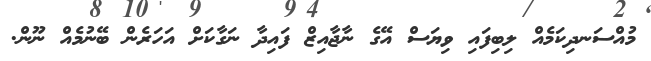
މުއްސަނދިކަމެއް ލިބިފައި ވިޔަސް އޭގެ ނާޖާއިޒް ފައިދާ ނަގާކަށް އަހަރެން ބޭނުމެއް ނޫން.